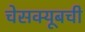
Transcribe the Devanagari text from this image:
चेसक्यूबची